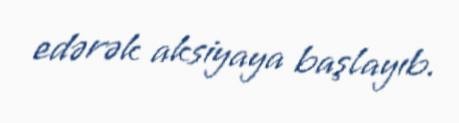
edərək aksiyaya başlayıb.